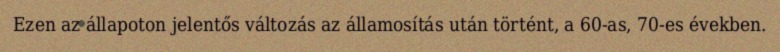
Ezen az állapoton jelentős változás az államosítás után történt, a 60-as, 70-es években.